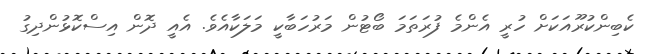
ކެބިންކުރޫއަކަށް ހުރީ އެންމެ ފުރަތަމަ ބޯޓުން މަރުހަބާކީ މަލަކާއެވެ. އެއީ ދޮން އިސްކޮޅުންދިގު